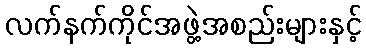
လက်နက်ကိုင်အဖွဲ့အစည်းများနှင့်